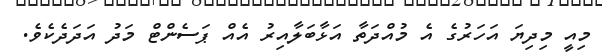
މިއީ މިދިޔަ އަހަރުގެ އެ މުއްދަތާ އަޅާބަލާއިރު އެއް ޕަސެންޓް މަދު އަދަދެކެވެ.